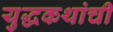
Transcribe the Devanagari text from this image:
युद्धकथांची